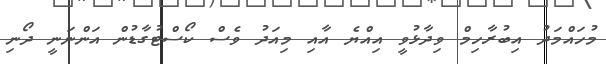
މުހައްމަދު އިބުރާހިމް ވިދާޅުވީ އިއްޔެ އާއި މިއަދު ވެސް ކޯސްޓުގާޑުން އަންނަނީ ދޯނި